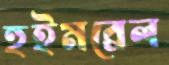
হুইমব্রেল